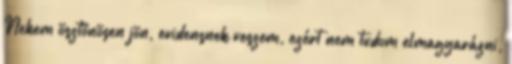
Nekem ösztönösen jön, evidensnek veszem, ezért nem tudom elmagyarázni,